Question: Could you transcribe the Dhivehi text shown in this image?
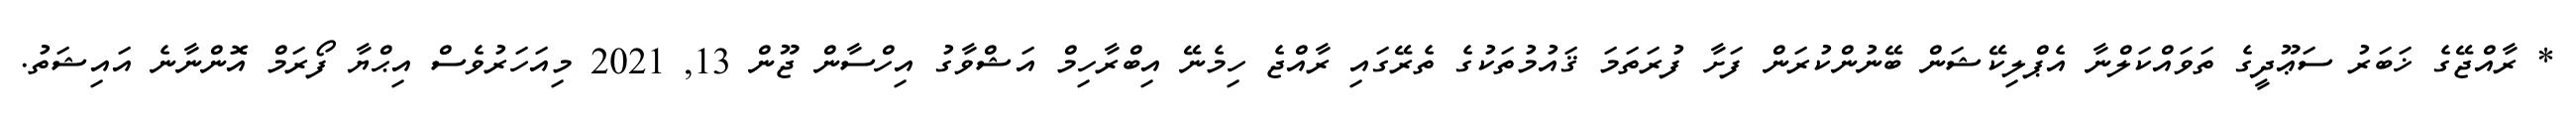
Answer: * ރާއްޖޭގެ ޚަބަރު ސަޢޫދީގެ ތަވައްކަލްނާ އެޕްލިކޭޝަން ބޭނުންކުރަން ފަށާ ފުރަތަމަ ޤައުމުތަކުގެ ތެރޭގައި ރާއްޖެ ހިމެނޭ އިބްރާހިމް އަޝްވާގު އިހްސާން ޖޫން 13, 2021 މިއަހަރުވެސް އިޙްޔާ ފޯރަމް އޮންނާނެ އައިޝަތު.